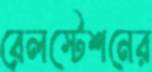
রেলস্টেশনের